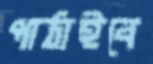
পাঠাইবে